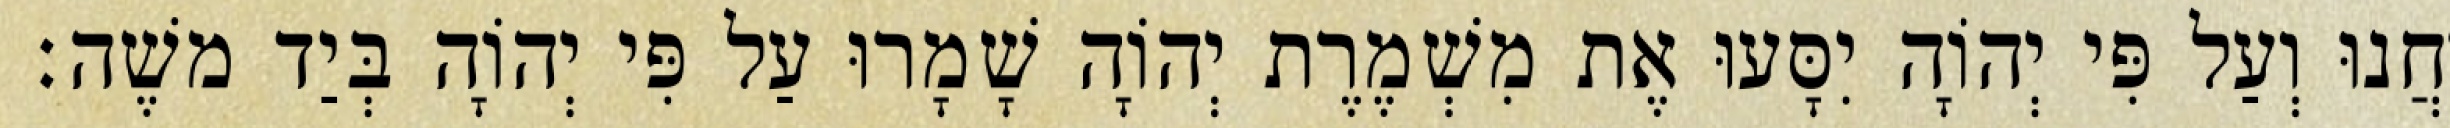
יַחֲנוּ וְעַל פִּי יְהוָֹה יִסָּעוּ אֶת מִשְׁמֶרֶת יְהוָֹה שָׁמָרוּ עַל פִּי יְהוָֹה בְּיַד משֶׁה׃